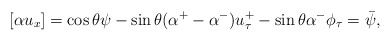
\begin{align*}[\alpha u_x] = \cos \theta \psi - \sin \theta (\alpha^+ - \alpha^-) u^+_{\tau}- \sin \theta \alpha^- \phi_{\tau} = \bar{\psi},\end{align*}